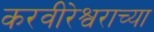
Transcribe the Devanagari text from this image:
करवीरेश्वराच्या